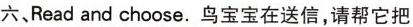
六、Read and choose.鸟宝宝在送信，请帮它把